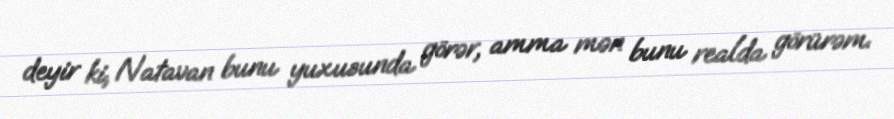
deyir ki, Natavan bunu yuxusunda görər, amma mən bunu realda görürəm.